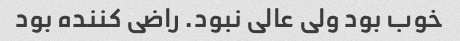
خوب بود ولی عالی نبود. راضی کننده بود